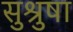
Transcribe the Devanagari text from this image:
सुश्रुषा